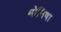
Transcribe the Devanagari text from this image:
मोनिषा